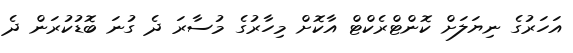
އަހަރުގެ ނިޔަލަށް ކޮންޓްރެކްޓް އާކޮށް މިހާރުގެ މުސާރަ ދެ ގުނަ ބޮޑުކުރަން ދެ